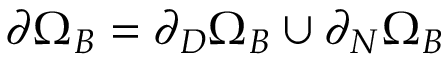
\partial \Omega _ { B } = \partial _ { D } \Omega _ { B } \cup \partial _ { N } \Omega _ { B }